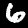
Digit: 6